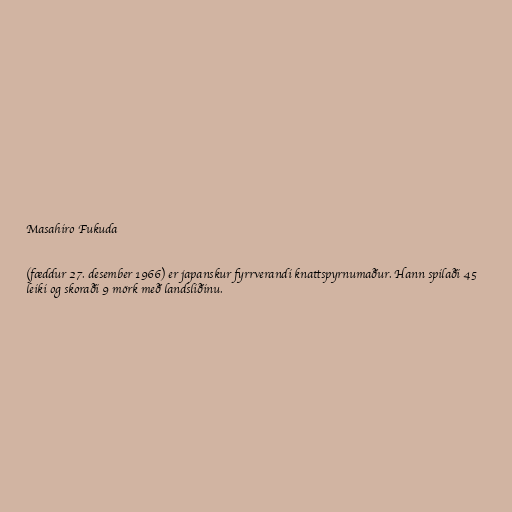
Masahiro Fukuda

(fæddur 27. desember 1966) er japanskur fyrrverandi knattspyrnumaður. Hann spilaði 45
leiki og skoraði 9 mörk með landsliðinu.